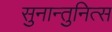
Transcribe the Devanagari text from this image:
सुनान्तुनित्स